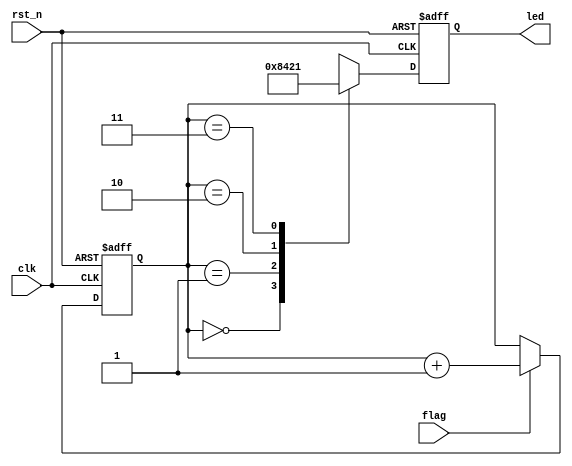
module led_on (
				input clk,
				input rst_n,
				input flag,
				output reg	[3:0]led
					);
	reg [1:0]led_control;


always @(posedge clk or negedge rst_n)
	if(!rst_n) begin
		led_control<=4'b0;
		end
	else if(flag) 
		led_control<=led_control+2'b1;
	else
		led_control<=led_control;
		
always @(posedge clk or negedge rst_n)
	if(!rst_n) begin
		led<=2'b0;
		end
	else begin
		case(led_control) 
		 2'b00:led<=4'b1000;
		 2'b01:led<=4'b0100;
		 2'b10:led<=4'b0010;
		 2'b11:led<=4'b0001;
		 default:led<=4'b0;
		 endcase
	 end

endmodule